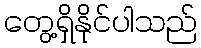
တွေ့ရှိနိုင်ပါသည်